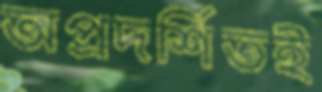
অপ্রদর্শিতই